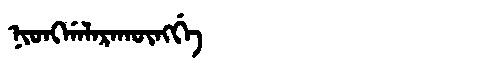
Manchu: ᠨᡳᠣᠩᡤᠠᠯᠠᡵᠠᡴᡡᠩᡤᡝ
Romanization: NIONGGALARAKŪNGGE